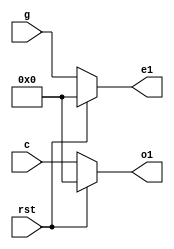
`timescale 1ns / 1ps
//////////////////////////////////////////////////////////////////////////////////
// Company: 
// Engineer: 
// 
// Design Name: 
// Module Name:    dct5 
// Project Name: 
// Target Devices: 
// Tool versions: 
// Description: 
//
// Dependencies: 
//
// Revision: 
// Revision 0.01 - File Created
// Additional Comments: 
//
//////////////////////////////////////////////////////////////////////////////////
module dct5(
input [7:0] c,g, 
input rst,
output reg [7:0] o1,output reg [7:0] e1 
);
always@(c,g,rst)
begin
  if(rst)
  begin 
   o1<=0;
	e1<=0;
	end
else 
  begin
   o1<=c;
   e1<=g;
end
end
endmodule